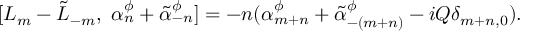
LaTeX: [ L _ { m } - \tilde { L } _ { - m } , ~ \alpha _ { n } ^ { \phi } + \tilde { \alpha } _ { - n } ^ { \phi } ] = - n ( \alpha _ { m + n } ^ { \phi } + \tilde { \alpha } _ { - ( m + n ) } ^ { \phi } - i Q \delta _ { m + n , 0 } ) .